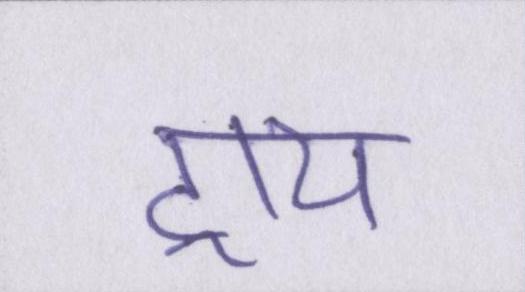
ट्राय